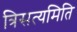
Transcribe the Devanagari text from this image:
त्रिसत्यमिति